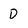
Character: D